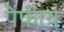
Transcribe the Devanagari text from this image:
पैंफीय